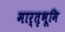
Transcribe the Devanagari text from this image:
मार्तृभूमि